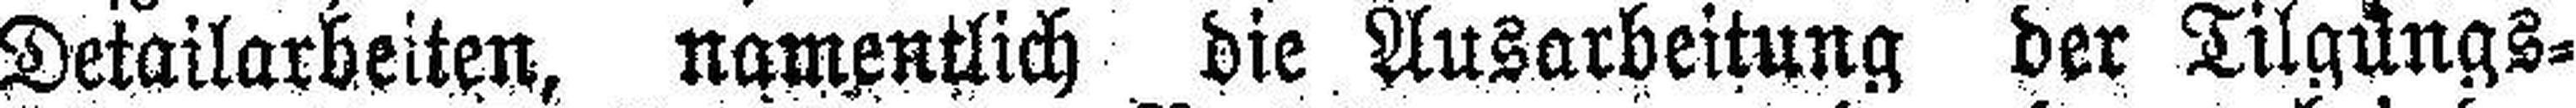
Detailarbeiten, namentlich die Ausarbeitung der Tilgungs¬